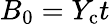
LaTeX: B_{0}=Y_{\mathrm{c}}t